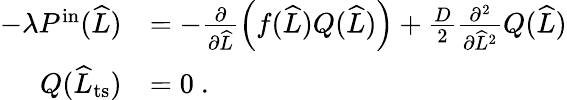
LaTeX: \begin{array}{rl}{-\lambda P^{\mathrm{in}}(\widehat{L})}&{=-\frac{\partial}{\partial\widehat{L}}\left(f(\widehat{L})Q(\widehat{L})\right)+\frac{D}{2}\frac{\partial^{2}}{\partial\widehat{L}^{2}}Q(\widehat{L})}\\ {Q(\widehat{L}_{\mathrm{ts}})}&{=0\ .}\end{array}